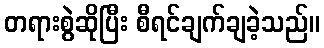
တရားစွဲဆိုပြီး စီရင်ချက်ချခဲ့သည်။